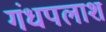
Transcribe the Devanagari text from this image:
गंधपलाश